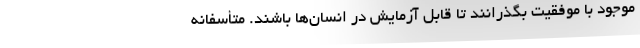
موجود با موفقیت بگذرانند تا قابل آزمایش در انسان‌ها باشند. متأسفانه